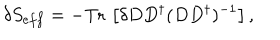
\delta S _ { e f f } = - \mathrm { T r } \, \left[ \delta D D ^ { \dagger } ( D D ^ { \dagger } ) ^ { - 1 } \right] ,